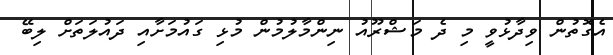
އެގޮތުން ވިދާޅުވީ މި ދެ މަޝްރޫއު ނިންމާލުމުން މުޅި ގައުމަށާއި ދައުލަތަށް ލިބޭ